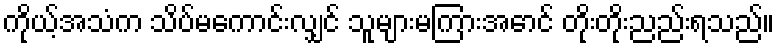
ကိုယ့်အသံက သိပ်မကောင်းလျှင် သူများမကြားအောင် တိုးတိုးညည်းရသည်။